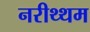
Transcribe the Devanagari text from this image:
नरीथ्थम